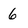
Character: 6